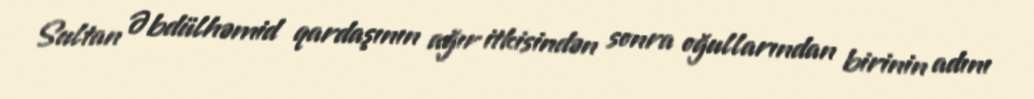
Sultan Əbdülhəmid qardaşının ağır itkisindən sonra oğullarından birinin adını